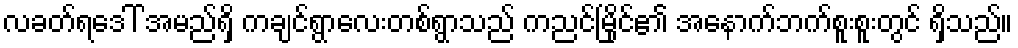
လခတ်ရဒေါ် အမည်ရှိ ကချင်ရွာလေးတစ်ရွာသည် ကညင်မြိုင်၏ အနောက်ဘက်စူးစူးတွင် ရှိသည်။